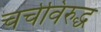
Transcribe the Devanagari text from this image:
चर्चविरुद्ध